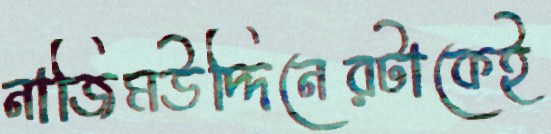
নাজিমউদ্দিনেরটাকেই